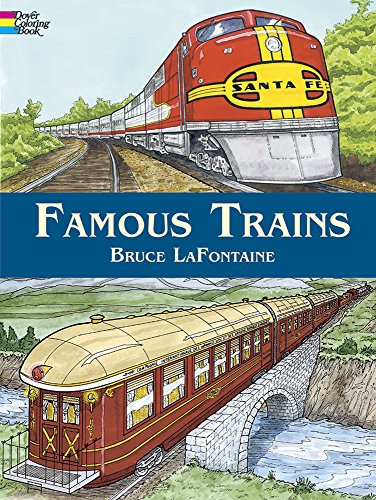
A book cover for Famous Trains (Dover History Coloring Book); Bruce LaFontaine; Children's Books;